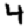
Digit: 4